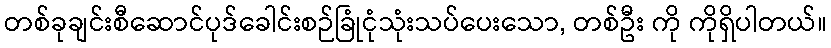
တစ်ခုချင်းစီဆောင်ပုဒ်ခေါင်းစဉ်ခြုံငုံသုံးသပ်ပေးသော, တစ်ဦး ကို ကိုရှိပါတယ်။